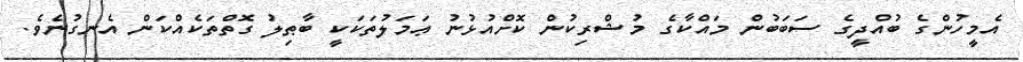
އެމީހުންގެ ބުއްދީގެ ސަބަބުން މައްކާގެ މުޝްރިކުން ކޮށްއުޅުނު ޢަމަލުތަކަކީ ބާޠިލު ގޮތްތަކެއްކަން އެނގުނެވެ.